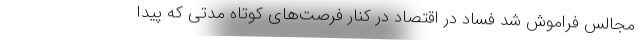
مجالس فراموش شد فساد در اقتصاد در کنار فرصت‌های کوتاه مدتی که پیدا